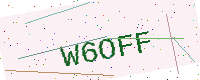
Text: W6OFF